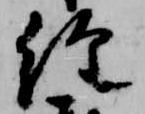
経